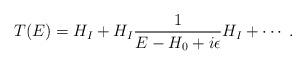
LaTeX: \begin{align*}T(E) = H_I + H_I \frac{1}{E-H_0 + i\epsilon} H_I + \cdots \; . \end{align*}